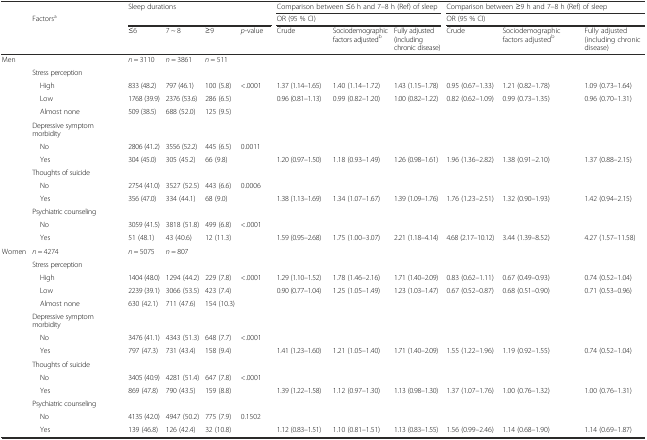
<table><thead><tr><td></td><td></td><td rowspan="2" colspan="4"><b>Sleep durations</b></td><td colspan="3"><b>Comparison between ≤6 h and 7–8 h (Ref) of sleep</b></td><td colspan="3"><b>Comparison between ≥9 h and 7–8 h (Ref) of sleep</b></td></tr><tr><td></td><td><b>Factors<sup>a</sup></b></td><td colspan="3"><b>OR (95 % CI)</b></td><td colspan="3"><b>OR (95 % CI)</b></td></tr><tr><td></td><td></td><td><b>≤6</b></td><td><b>7 ~ 8</b></td><td><b>≥9</b></td><td><b><i>p</i>-value</b></td><td><b>Crude</b></td><td><b>Sociodemographic factors adjusted<sup>b</sup></b></td><td><b>Fully adjusted (including chronic disease)</b></td><td><b>Crude</b></td><td><b>Sociodemographic factors adjusted<sup>b</sup></b></td><td><b>Fully adjusted (including chronic disease)</b></td></tr></thead><tbody><tr><td>Men</td><td></td><td><i>n</i> = 3110</td><td><i>n</i> = 3861</td><td><i>n</i> = 511</td><td></td><td></td><td></td><td></td><td></td><td></td><td></td></tr><tr><td></td><td>Stress perception</td><td></td><td></td><td></td><td></td><td></td><td></td><td></td><td></td><td></td><td></td></tr><tr><td></td><td> High</td><td>833 (48.2)</td><td>797 (46.1)</td><td>100 (5.8)</td><td>&lt;.0001</td><td>1.37 (1.14–1.65)</td><td>1.40 (1.14–1.72)</td><td>1.43 (1.15–1.78)</td><td>0.95 (0.67–1.33)</td><td>1.21 (0.82–1.78)</td><td>1.09 (0.73–1.64)</td></tr><tr><td></td><td> Low</td><td>1768 (39.9)</td><td>2376 (53.6)</td><td>286 (6.5)</td><td></td><td>0.96 (0.81–1.13)</td><td>0.99 (0.82–1.20)</td><td>1.00 (0.82–1.22)</td><td>0.82 (0.62–1.09)</td><td>0.99 (0.73–1.35)</td><td>0.96 (0.70–1.31)</td></tr><tr><td></td><td> Almost none</td><td>509 (38.5)</td><td>688 (52.0)</td><td>125 (9.5)</td><td></td><td></td><td></td><td></td><td></td><td></td><td></td></tr><tr><td></td><td>Depressive symptom morbidity</td><td></td><td></td><td></td><td></td><td></td><td></td><td></td><td></td><td></td><td></td></tr><tr><td></td><td> No</td><td>2806 (41.2)</td><td>3556 (52.2)</td><td>445 (6.5)</td><td>0.0011</td><td></td><td></td><td></td><td></td><td></td><td></td></tr><tr><td></td><td> Yes</td><td>304 (45.0)</td><td>305 (45.2)</td><td>66 (9.8)</td><td></td><td>1.20 (0.97–1.50)</td><td>1.18 (0.93–1.49)</td><td>1.26 (0.98–1.61)</td><td>1.96 (1.36–2.82)</td><td>1.38 (0.91–2.10)</td><td>1.37 (0.88–2.15)</td></tr><tr><td></td><td>Thoughts of suicide</td><td></td><td></td><td></td><td></td><td></td><td></td><td></td><td></td><td></td><td></td></tr><tr><td></td><td> No</td><td>2754 (41.0)</td><td>3527 (52.5)</td><td>443 (6.6)</td><td>0.0006</td><td></td><td></td><td></td><td></td><td></td><td></td></tr><tr><td></td><td> Yes</td><td>356 (47.0)</td><td>334 (44.1)</td><td>68 (9.0)</td><td></td><td>1.38 (1.13–1.69)</td><td>1.34 (1.07–1.67)</td><td>1.39 (1.09–1.76)</td><td>1.76 (1.23–2.51)</td><td>1.32 (0.90–1.93)</td><td>1.42 (0.94–2.15)</td></tr><tr><td></td><td>Psychiatric counseling</td><td></td><td></td><td></td><td></td><td></td><td></td><td></td><td></td><td></td><td></td></tr><tr><td></td><td> No</td><td>3059 (41.5)</td><td>3818 (51.8)</td><td>499 (6.8)</td><td>&lt;.0001</td><td></td><td></td><td></td><td></td><td></td><td></td></tr><tr><td></td><td> Yes</td><td>51 (48.1)</td><td>43 (40.6)</td><td>12 (11.3)</td><td></td><td>1.59 (0.95–2.68)</td><td>1.75 (1.00–3.07)</td><td>2.21 (1.18–4.14)</td><td>4.68 (2.17–10.12)</td><td>3.44 (1.39–8.52)</td><td>4.27 (1.57–11.58)</td></tr><tr><td>Women</td><td><i>n</i> = 4274</td><td><i>n</i> = 5075</td><td><i>n</i> = 807</td><td></td><td></td><td></td><td></td><td></td><td></td><td></td><td></td></tr><tr><td></td><td>Stress perception</td><td></td><td></td><td></td><td></td><td></td><td></td><td></td><td></td><td></td><td></td></tr><tr><td></td><td> High</td><td>1404 (48.0)</td><td>1294 (44.2)</td><td>229 (7.8)</td><td>&lt;.0001</td><td>1.29 (1.10–1.52)</td><td>1.78 (1.46–2.16)</td><td>1.71 (1.40–2.09)</td><td>0.83 (0.62–1.11)</td><td>0.67 (0.49–0.93)</td><td>0.74 (0.52–1.04)</td></tr><tr><td></td><td> Low</td><td>2239 (39.1)</td><td>3066 (53.5)</td><td>423 (7.4)</td><td></td><td>0.90 (0.77–1.04)</td><td>1.25 (1.05–1.49)</td><td>1.23 (1.03–1.47)</td><td>0.67 (0.52–0.87)</td><td>0.68 (0.51–0.90)</td><td>0.71 (0.53–0.96)</td></tr><tr><td></td><td> Almost none</td><td>630 (42.1)</td><td>711 (47.6)</td><td>154 (10.3)</td><td></td><td></td><td></td><td></td><td></td><td></td><td></td></tr><tr><td></td><td>Depressive symptom morbidity</td><td></td><td></td><td></td><td></td><td></td><td></td><td></td><td></td><td></td><td></td></tr><tr><td></td><td> No</td><td>3476 (41.1)</td><td>4343 (51.3)</td><td>648 (7.7)</td><td>&lt;.0001</td><td></td><td></td><td></td><td></td><td></td><td></td></tr><tr><td></td><td> Yes</td><td>797 (47.3)</td><td>731 (43.4)</td><td>158 (9.4)</td><td></td><td>1.41 (1.23–1.60)</td><td>1.21 (1.05–1.40)</td><td>1.71 (1.40–2.09)</td><td>1.55 (1.22–1.96)</td><td>1.19 (0.92–1.55)</td><td>0.74 (0.52–1.04)</td></tr><tr><td></td><td>Thoughts of suicide</td><td></td><td></td><td></td><td></td><td></td><td></td><td></td><td></td><td></td><td></td></tr><tr><td></td><td> No</td><td>3405 (40.9)</td><td>4281 (51.4)</td><td>647 (7.8)</td><td>&lt;.0001</td><td></td><td></td><td></td><td></td><td></td><td></td></tr><tr><td></td><td> Yes</td><td>869 (47.8)</td><td>790 (43.5)</td><td>159 (8.8)</td><td></td><td>1.39 (1.22–1.58)</td><td>1.12 (0.97–1.30)</td><td>1.13 (0.98–1.30)</td><td>1.37 (1.07–1.76)</td><td>1.00 (0.76–1.32)</td><td>1.00 (0.76–1.31)</td></tr><tr><td></td><td>Psychiatric counseling</td><td></td><td></td><td></td><td></td><td></td><td></td><td></td><td></td><td></td><td></td></tr><tr><td></td><td> No</td><td>4135 (42.0)</td><td>4947 (50.2)</td><td>775 (7.9)</td><td>0.1502</td><td></td><td></td><td></td><td></td><td></td><td></td></tr><tr><td></td><td> Yes</td><td>139 (46.8)</td><td>126 (42.4)</td><td>32 (10.8)</td><td></td><td>1.12 (0.83–1.51)</td><td>1.10 (0.81–1.51)</td><td>1.13 (0.83–1.55)</td><td>1.56 (0.99–2.46)</td><td>1.14 (0.68–1.90)</td><td>1.14 (0.69–1.87)</td></tr></tbody></table>